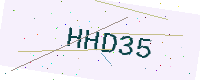
Text: HHD35